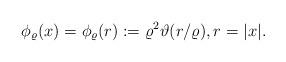
LaTeX: \begin{align*} \phi_\varrho(x) = \phi_\varrho(r) := \varrho^2 \vartheta(r/\varrho), r=|x|.\end{align*}